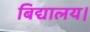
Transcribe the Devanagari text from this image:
बिद्यालय।